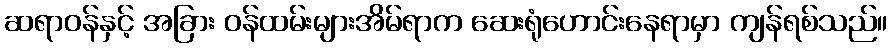
ဆရာဝန်နှင့် အခြား ဝန်ထမ်းများအိမ်ရာက ဆေးရုံဟောင်းနေရာမှာ ကျန်ရစ်သည်။